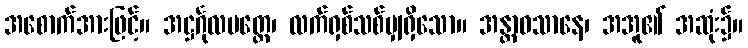
အစောက်အားဖြင့်။ အဋ္ဌင်္ဂုလမတ္တေ၊ လက်ရှစ်သစ်မျှရှိသော။ အန္တာဝသာနေ၊ အအူ၏ အဆုံး၌။